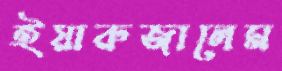
ইয়ারুজালেম